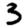
Digit: 3